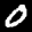
Label: 0